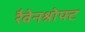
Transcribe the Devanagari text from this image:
रैवेनश्रोफ्ट